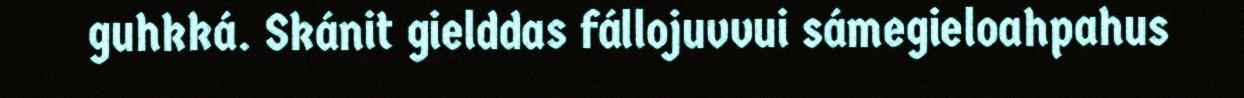
guhkká. Skánit gielddas fállojuvvui sámegieloahpahus